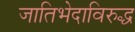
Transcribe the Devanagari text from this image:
जातिभेदाविरुद्ध